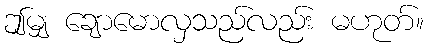
ဤမျှ ချောမောလှသည်လည်း မဟုတ်။